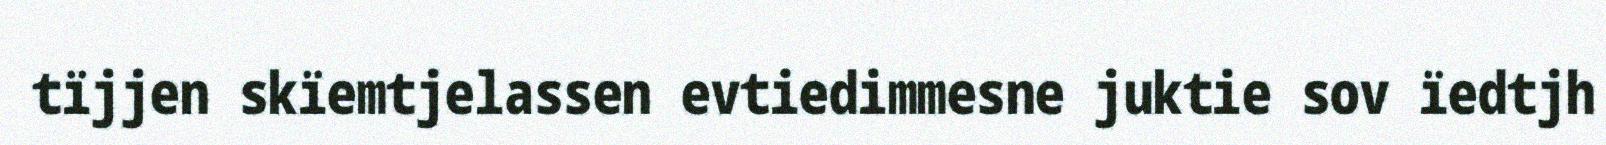
tïjjen skïemtjelassen evtiedimmesne juktie sov ïedtjh